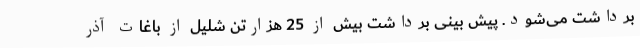
برداشت می‌شود. پیش بینی برداشت بیش از 25 هزارتن شلیل از باغات آذر